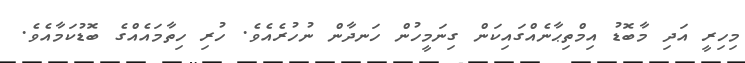
މިހިރީ އަދި މާބޮޑު އިމްތިޙާނެއްގައިކަން ގިނަމީހުން ހަނދާން ނުހުރެއެވެ. ހުރި ހިތާމައެއްގެ ބޮޑުކަމާއެވެ.